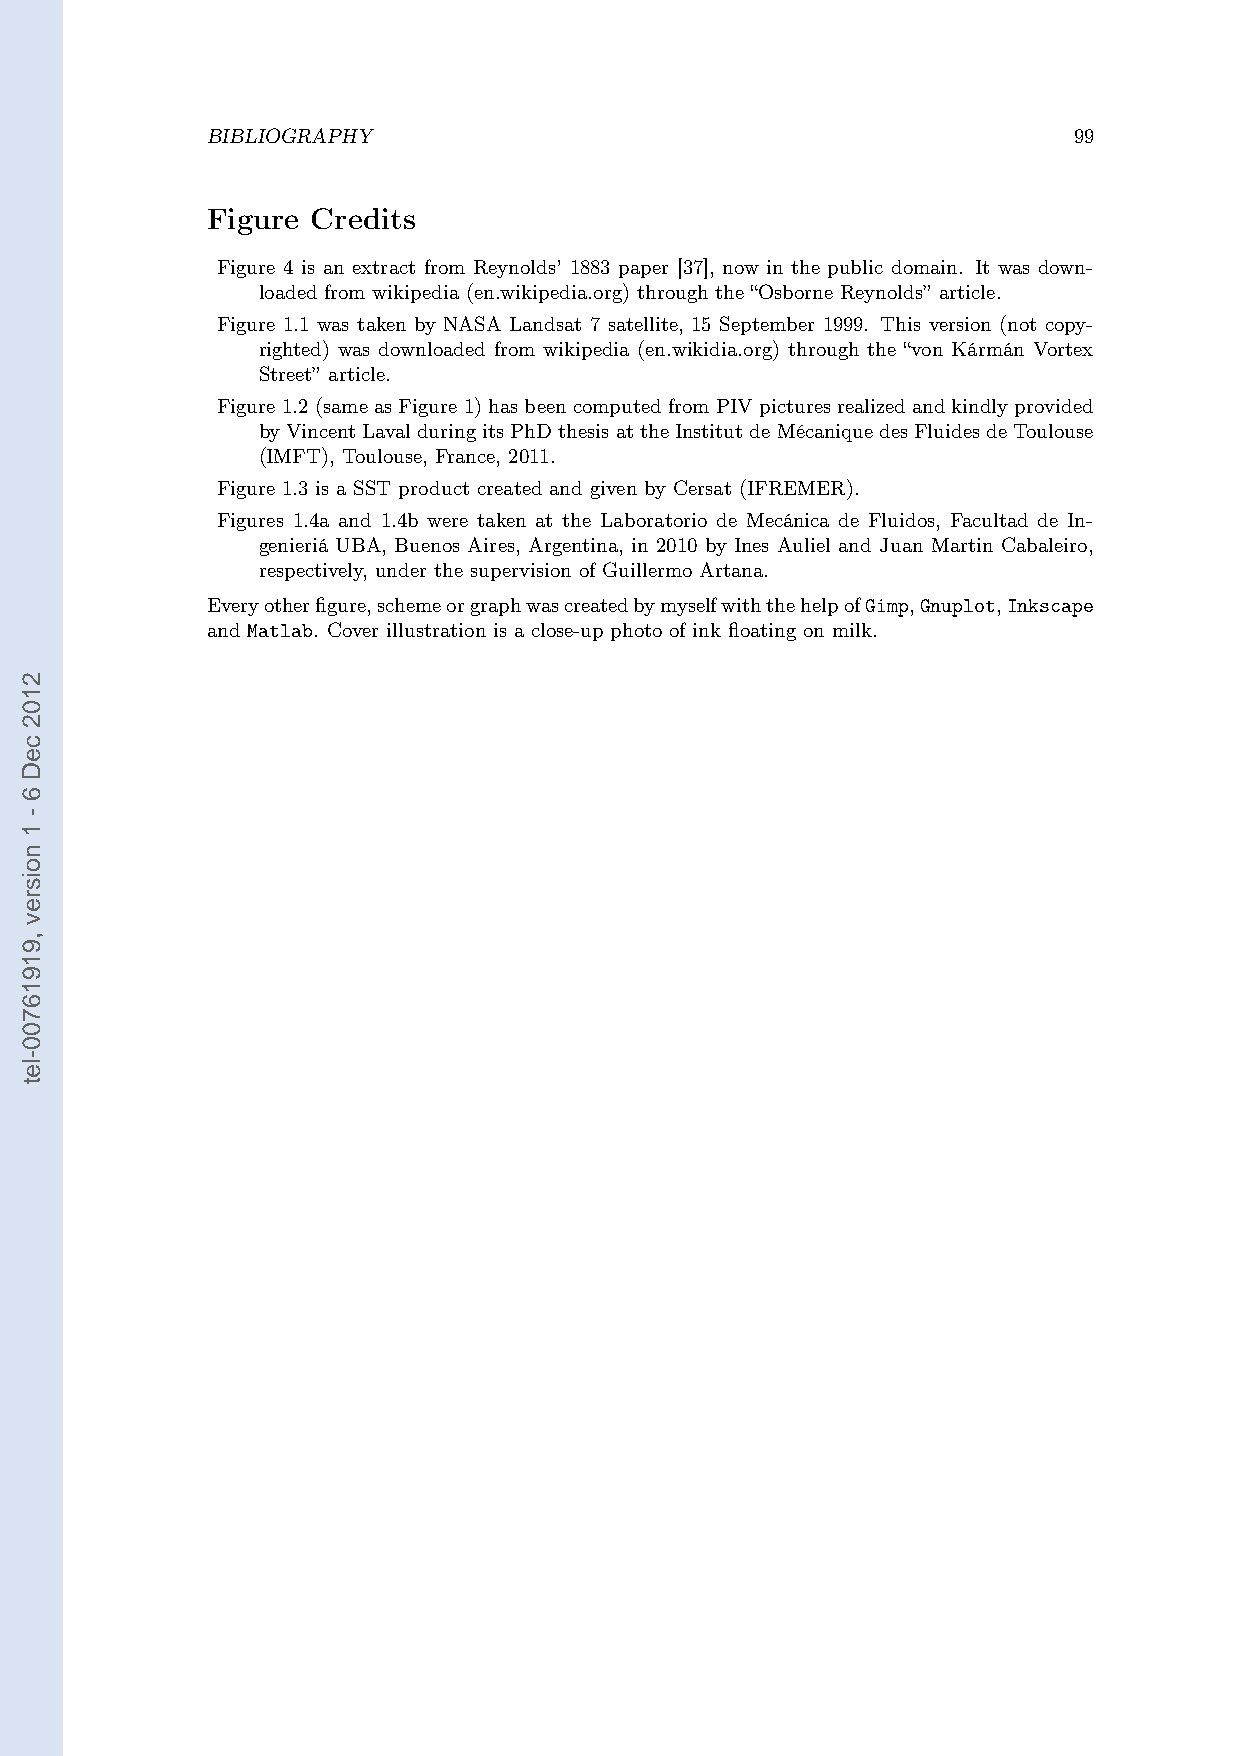
BIBLIOGRAPHY                                             99
 Figure Credits
 Figure 4 is an extract from Reynolds’ 1883 paper [37], now in the public domain. It was down-
 loaded from wikipedia (en.wikipedia.org) through the “Osborne Reynolds” article.
 Figure 1.1 was taken by NASA Landsat 7 satellite, 15 September 1999. This version (not copy-
 righted) was downloaded from wikipedia (en.wikidia.org) through the “von Kármán Vortex
 Street” article.
 Figure1.2(sameasFigure1)hasbeencomputedfromPIVpicturesrealizedandkindlyprovided
 byVincentLavalduringitsPhDthesisattheInstitutdeMécaniquedesFluidesdeToulouse
 (IMFT), Toulouse, France, 2011.
 Figure 1.3 is a SST product created and given by Cersat (IFREMER).
 Figures 1.4a and 1.4b were taken at the Laboratorio de Mecánica de Fluidos, Facultad de In-
 genieriá UBA, Buenos Aires, Argentina, in 2010 by Ines Auliel and Juan Martin Cabaleiro,
 respectively, under the supervision of Guillermo Artana.
 Everyotherfigure,schemeorgraphwascreatedbymyselfwiththehelpofGimp,Gnuplot,Inkscape
 and Matlab. Cover illustration is a close-up photo of ink floating on milk.
 2102
 ceD
 6
 -
 1
 noisrev
 ,91916700-let